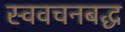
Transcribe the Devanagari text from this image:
स्ववचनबद्ध